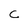
Character: C